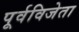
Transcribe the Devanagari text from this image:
पूर्वविजेता